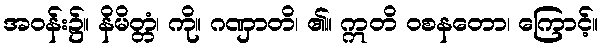
အဝန်း၌။ နိမိတ္တံ၊ ကို။ ဂဏှာတိ၊ ၏။ ဣတိ ဝစနတော၊ ကြောင့်။